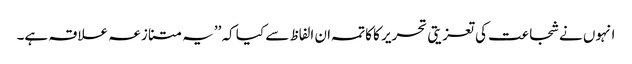
انہوں نے شجاعت کی تعزیتی تحریر کا کاتمہ ان الفاظ سے کیا کہ ’’یہ متنازعہ علاقہ ہے۔